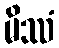
မိဿံ